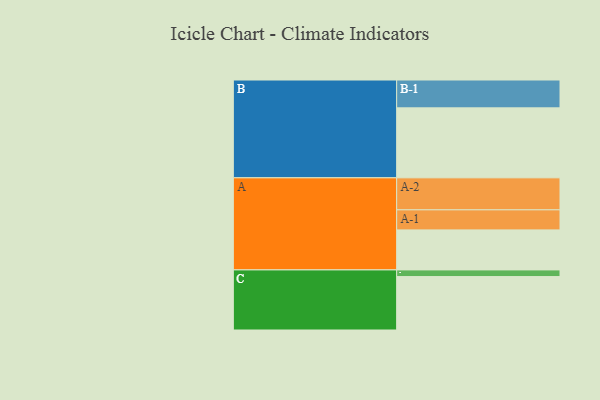
{"axis": {"x": "Segment", "y": "Value"}, "legend": ["", "A", "B", "C"], "data": [{"x": "A", "y": 319, "type": ""}, {"x": "B", "y": 558, "type": ""}, {"x": "C", "y": 426, "type": ""}, {"x": "A-1", "y": 160, "type": "A"}, {"x": "A-2", "y": 255, "type": "A"}, {"x": "B-1", "y": 222, "type": "B"}, {"x": "C-1", "y": 53, "type": "C"}]}